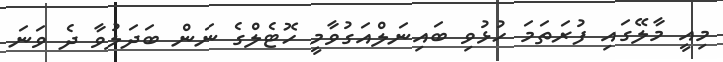
މިއީ މާލޭގައި ފުރަތަމަ ހުޅުވި ބައިނަލްއަގުވާމީ ހޮޓެލްގެ ނަން ބަދަލުވާ ދެ ވަނަ